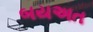
બયઅત